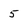
Character: 5